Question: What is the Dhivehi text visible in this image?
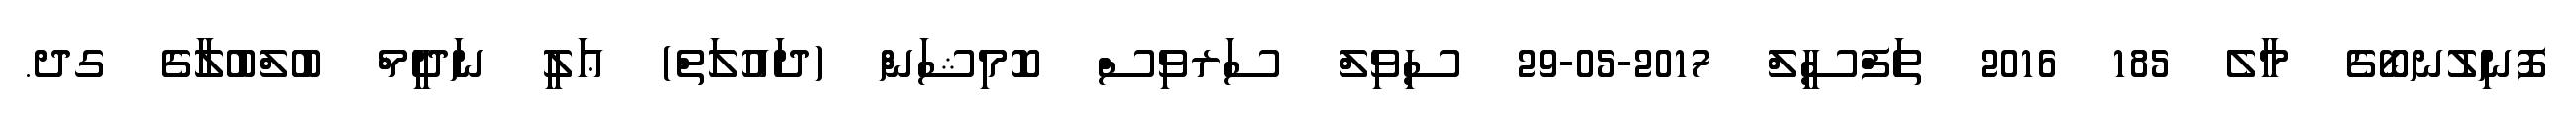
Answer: ފޮނިލުނބޯގެ މާލެ 185 2016 ތަފްސީލް 2017-05-29 ސިވިލް ސަރވިސް ކޮމިޝަން (ދައުލަތް) ޢަލީ ނަދީމް ބުލްބުލާގެ ގދ.